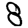
Digit: 8